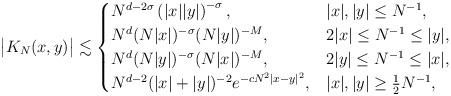
LaTeX: \begin{align*}\big|K_N(x,y)\big|\lesssim \begin{cases}N^{d-2\sigma}\left(|x||y|\right)^{-\sigma}, \qquad\qquad&|x|,|y|\leq N^{-1},\\N^d(N|x|)^{-\sigma} (N|y|)^{-M}, &2|x|\leq N^{-1}\leq|y|,\\N^d(N|y|)^{-\sigma} (N|x|)^{-M}, &2|y|\leq N^{-1}\leq|x|,\\N^{d-2}(|x|+|y|)^{-2}e^{-cN^2|x-y|^2}, &|x|,|y|\geq \frac12N^{-1},\end{cases}\end{align*}